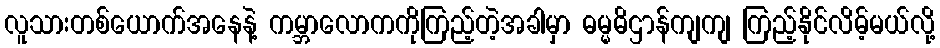
လူသားတစ်ယောက်အနေနဲ့ ကမ္ဘာလောကကိုကြည့်တဲ့အခါမှာ ဓမ္မဓိဌာန်ကျကျ ကြည့်နိုင်လိမ့်မယ်လို့